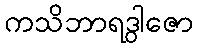
ကသိဘာရဒွါဇော